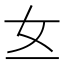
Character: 𱙁